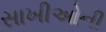
સાખીઓની